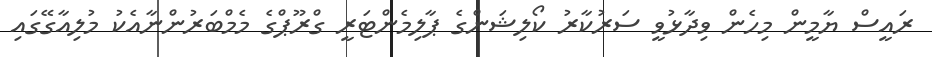
ރައީސް ޔާމީން މިހެން ވިދާޅުވީ ސަރުކާރު ކޯލިޝަންގެ ޕާލިމެންޓަރީ ގްރޫޕްގެ މެމްބަރުންނާއެކު މުލިއާގޭގައި